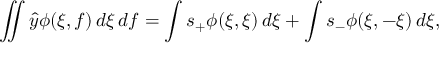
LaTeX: \iint { \hat { y } } \phi ( \xi , f ) \, d \xi \, d f = \int s _ { + } \phi ( \xi , \xi ) \, d \xi + \int s _ { - } \phi ( \xi , - \xi ) \, d \xi ,